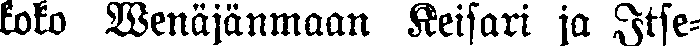
koko Venäjänmaan Keisari ja Itse-